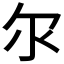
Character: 𫡓